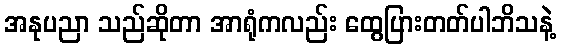
အနုပညာ သည်ဆိုတာ အာရုံကလည်း ထွေပြားတတ်ပါဘိသနဲ့